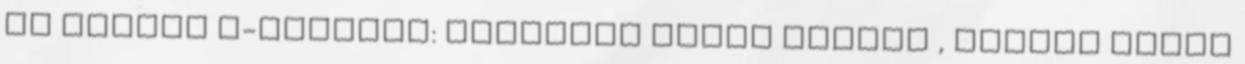
KK magyar E-csoport: Lietuvos Rytas litván , Banvit török